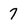
Character: 7